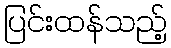
ပြင်းထန်သည့်